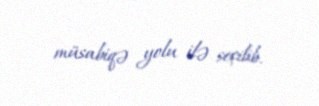
müsabiqə yolu ilə seçilib.